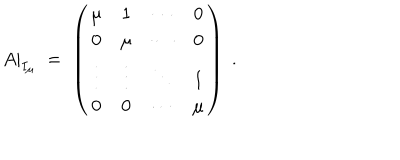
A | _ { I _ { \mu } } \; = \; \left( \begin{array} { c c c c } { { \mu } } & { { 1 } } & { { \cdots } } & { { 0 } } \\ { { 0 } } & { { \mu } } & { { \cdots } } & { { 0 } } \\ { { \vdots } } & { { \vdots } } & { { \ddots } } & { { 1 } } \\ { { 0 } } & { { 0 } } & { { \cdots } } & { { \mu } } \\ \end{array} \right) \; .